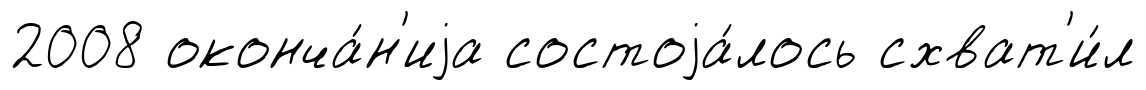
2008 оконча́н'иjа состоjа́лось схват'и́л